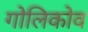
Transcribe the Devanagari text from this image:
गोलिकोव